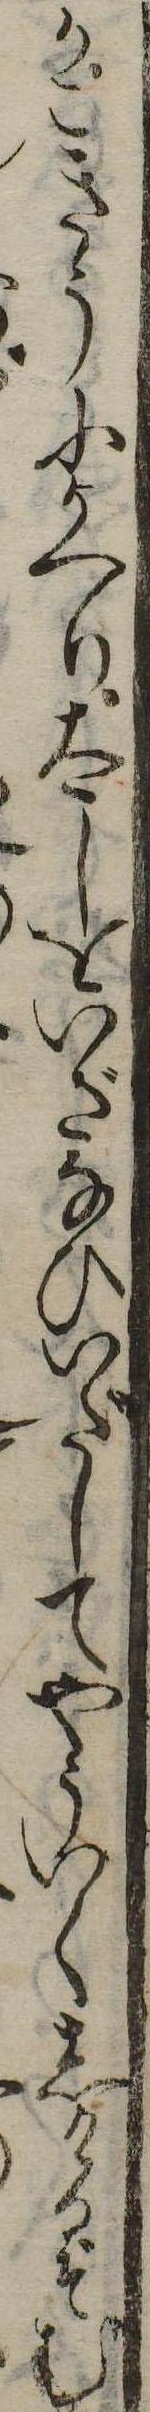
かこきうにかへり太しをいざなひいだしてやういくしけるぞむ